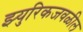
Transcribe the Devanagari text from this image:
झ्युरिकजवळील